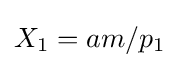
X_{1}=am/p_{1}